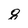
Character: 8